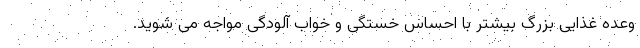
وعده غذایی بزرگ بیشتر با احساس خستگی و خواب آلودگی مواجه می شوید.